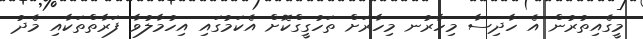
މީގެއިތުރުން އެ ހާދިސާ މިހާރުނ މިހާރަށް ތަހުގީގްކޮށް އެކަމުގައި އިހުމާލުވާ ފަރާތްތަކާއި މެދު